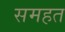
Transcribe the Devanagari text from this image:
समहत